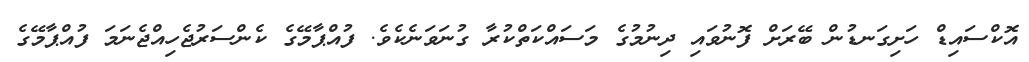
އޮކްސައިޑް ހަށިގަނޑުން ބޭރަށް ފޮނުވައި ދިނުމުގެ މަސައްކަތްކުރާ ގުނަވަނެކެވެ. ފުއްޕާމޭގެ ކެންސަރުޖެހިއްޖެނަމަ ފުއްޕާމޭގެ